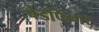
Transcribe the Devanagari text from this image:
बेडफिंगर